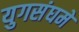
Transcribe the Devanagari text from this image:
युगसंघमे